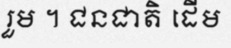
រួម ។ ជនជាតិ ដើម